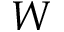
W